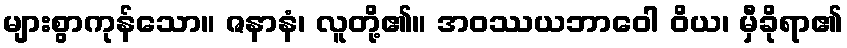
များစွာကုန်သော။ ဇနာနံ၊ လူတို့၏။ အဝဿယဘာဝေါ ဝိယ၊ မှီခိုရာ၏